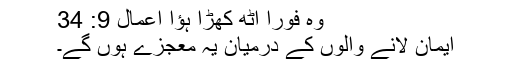
وہ فوراً اُٹھ کھڑا ہُؤا اعمال 9: 34
اِیمان لانے والوں کے درمیان یہ مُعجِزے ہوں گے۔